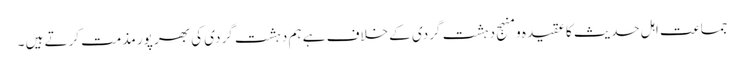
جماعت اہل حدیث کا عقیدہ و منہج دہشت گردی کے خلاف ہے ہم دہشت گردی کی بھر پور مذمت کرتے ہیں ۔